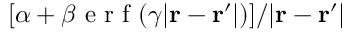
[ \alpha + \beta \mathrm { ~ e ~ r ~ f ~ } ( \gamma | \mathbf { r } - \mathbf { r } ^ { \prime } | ) ] / | \mathbf { r } - \mathbf { r } ^ { \prime } |